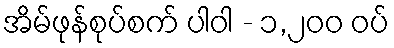
အိမ်ဖုန်စုပ်စက် ပါဝါ - ၁,၂၀၀ ဝပ်